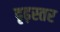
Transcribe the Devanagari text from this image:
दृढ़स्तर